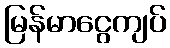
မြန်မာငွေကျပ်